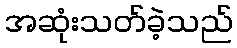
အဆုံးသတ်ခဲ့သည်